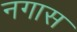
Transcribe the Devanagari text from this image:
नगास